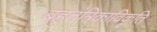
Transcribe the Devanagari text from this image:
बहुतंत्रिकाविकृति